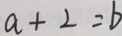
a + 2 = b